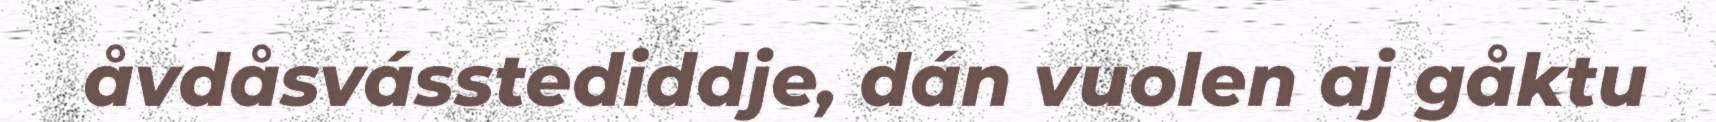
åvdåsvásstediddje, dán vuolen aj gåktu